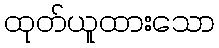
ထုတ်ယူထားသော